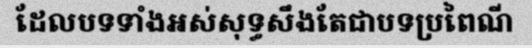
ដែលបទទាំងអស់សុទ្ធសឹងតែជាបទប្រពៃណី